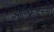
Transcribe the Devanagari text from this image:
आल्फ्रेडच्या